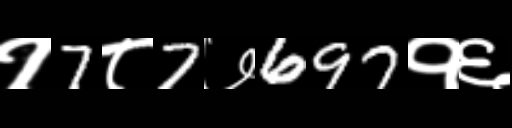
Text: १7८7७697१६